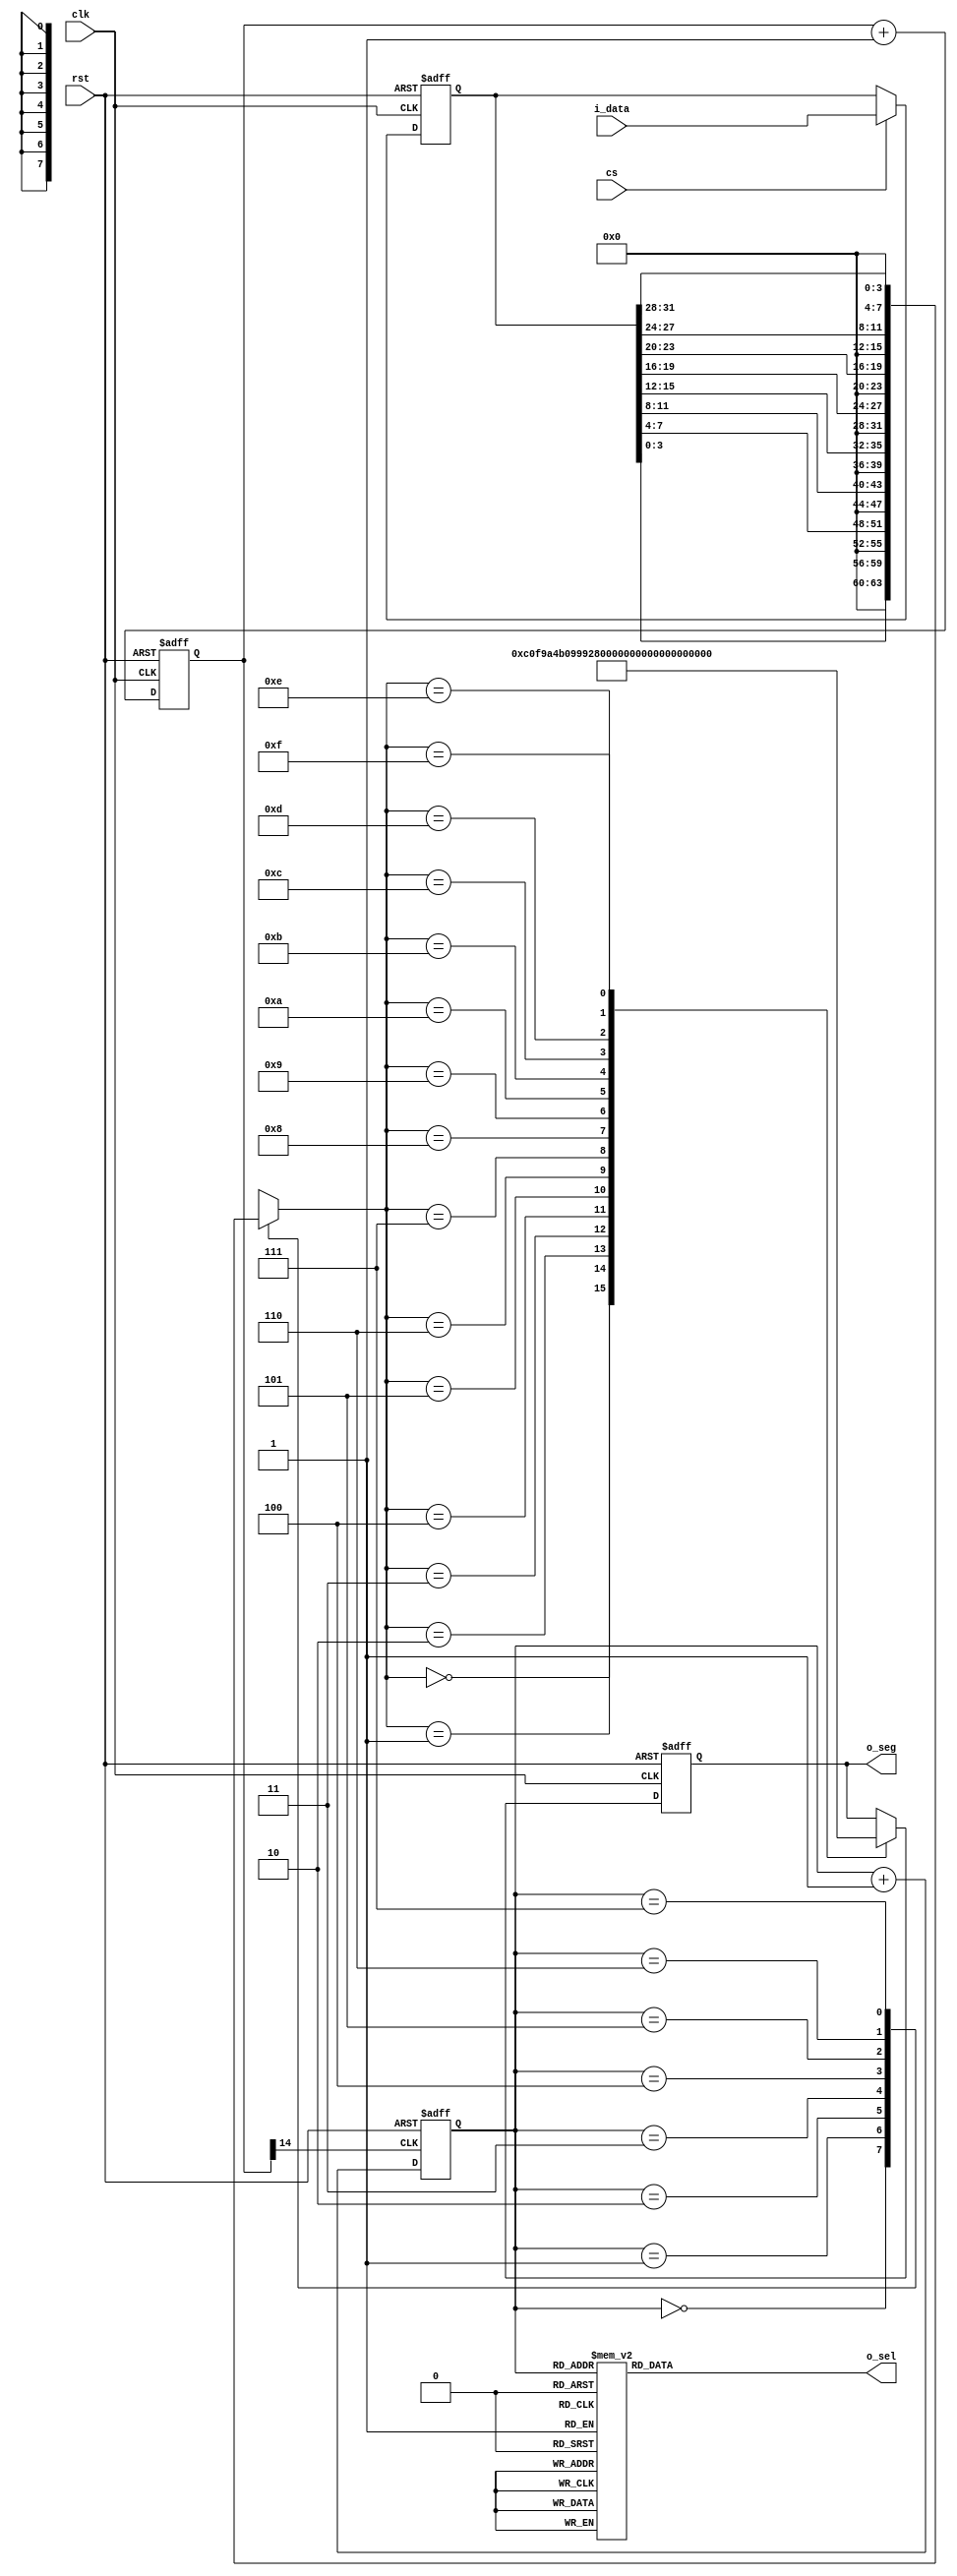
`timescale 1ns / 1ps
//////////////////////////////////////////////////////////////////////////////////
// Company: 
// Engineer: 
// 
// Create Date:    
// Design Name: 
// Module Name:    SEG7x16 
// Project Name: 
// Target Devices: 
// Tool versions: 
// Description: 
//
// Dependencies: 
//
// Revision: 
// Revision 0.01 - File Created
// Additional Comments: 
//
//////////////////////////////////////////////////////////////////////////////////
module SEG7x16(
  input clk,
  input rst,
  input cs,
  input [31:0] i_data,
  output [7:0] o_seg,
  output [7:0] o_sel
    );

   reg [14:0] cnt;
   
   always @ (posedge clk, posedge rst)
      if (rst)
        cnt <= 0;
      else
        cnt <= cnt + 1'b1;
 
    wire seg7_clk = cnt[14]; 
  
  reg [2:0] seg7_addr;
  
  always @ (posedge seg7_clk, posedge rst)
    if(rst)
      seg7_addr <= 0;
    else
      seg7_addr <= seg7_addr + 1'b1;
      
  reg [7:0] o_sel_r;
  
  always @ (*)
    case(seg7_addr)
      7 : o_sel_r = 8'b01111111;
      6 : o_sel_r = 8'b10111111;
      5 : o_sel_r = 8'b11011111;
      4 : o_sel_r = 8'b11101111;
      3 : o_sel_r = 8'b11110111;
      2 : o_sel_r = 8'b11111011;
      1 : o_sel_r = 8'b11111101;
      0 : o_sel_r = 8'b11111110;
    endcase
  
  reg [31:0] i_data_store;
  always @ (posedge clk, posedge rst)
    if(rst)
      i_data_store <= 0;
    else if(cs)
      i_data_store <= i_data;
      
  reg [7:0] seg_data_r;
  always @ (*)
    case(seg7_addr)
      0 : seg_data_r = i_data_store[3:0];
      1 : seg_data_r = i_data_store[7:4];
      2 : seg_data_r = i_data_store[11:8];
      3 : seg_data_r = i_data_store[15:12];
      4 : seg_data_r = i_data_store[19:16];
      5 : seg_data_r = i_data_store[23:20];
      6 : seg_data_r = i_data_store[27:24];
      7 : seg_data_r = i_data_store[31:28];
    endcase
  
  reg [7:0] o_seg_r;
  always @ (posedge clk, posedge rst)
    if(rst)
      o_seg_r <= 8'hff;
    else
      case(seg_data_r)
          4'h0 : o_seg_r <= 8'hC0;
          4'h1 : o_seg_r <= 8'hF9;
          4'h2 : o_seg_r <= 8'hA4;
          4'h3 : o_seg_r <= 8'hB0;
          4'h4 : o_seg_r <= 8'h99;
          4'h5 : o_seg_r <= 8'h92;
          4'h6 : o_seg_r <= 8'h82;
          4'h7 : o_seg_r <= 8'hF8;
          4'h8 : o_seg_r <= 8'h80;
          4'h9 : o_seg_r <= 8'h90;
          4'hA : o_seg_r <= 8'h88;
          4'hB : o_seg_r <= 8'h83;
          4'hC : o_seg_r <= 8'hC6;
          4'hD : o_seg_r <= 8'hA1;
          4'hE : o_seg_r <= 8'h86;
          4'hF : o_seg_r <= 8'h8E;
      endcase
      
  assign o_sel = o_sel_r;
  assign o_seg = o_seg_r;

endmodule